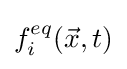
f_{i}^{eq}({\vec {x}},t)